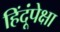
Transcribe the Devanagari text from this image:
हिंदूंपेक्षा